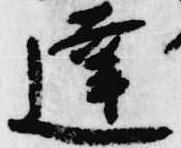
達